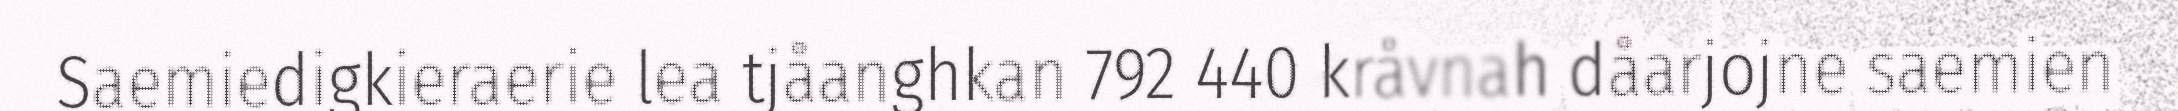
Saemiedigkieraerie lea tjåanghkan 792 440 kråvnah dåarjojne saemien